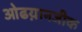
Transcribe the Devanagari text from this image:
ओढय़ानजीक